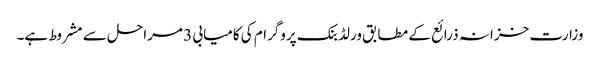
وزارت خزانہ ذرائع کے مطابق ورلڈ بنک پروگرام کی کامیابی 3 مراحل سے مشروط ہے۔